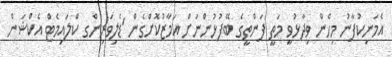
އެމަނިކުފާނު މިހެން ވިދާޅުވީ މަތީ ފަންތީގެ ބޭފުޅުންނަށް އަމާޒުކޮށްގެން 'ޑެލިވަރިންގ ކްލައިމެޓް އެކްޝަން